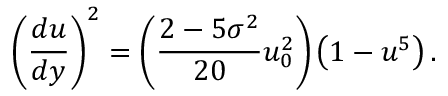
\left( \frac { d u } { d y } \right) ^ { 2 } = \left( \frac { 2 - 5 \sigma ^ { 2 } } { 2 0 } u _ { 0 } ^ { 2 } \right) \left( 1 - u ^ { 5 } \right) .